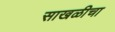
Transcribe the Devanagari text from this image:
साखळीचा